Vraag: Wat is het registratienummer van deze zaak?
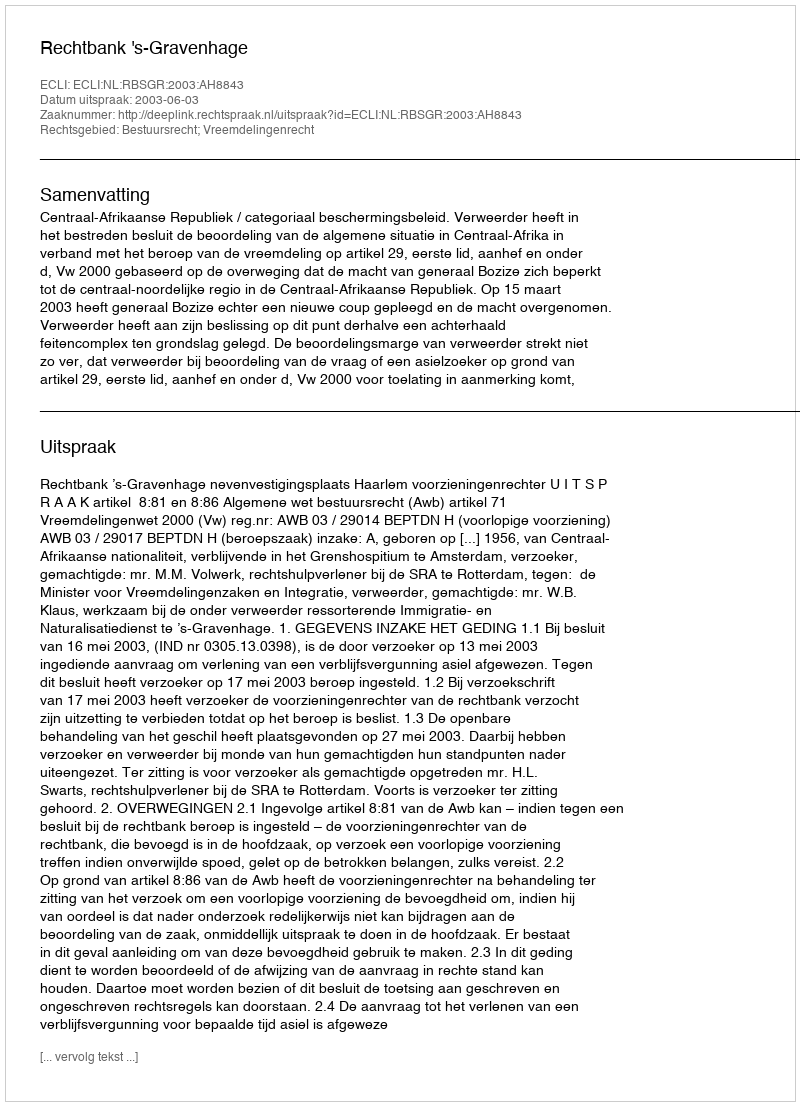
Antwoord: http://deeplink.rechtspraak.nl/uitspraak?id=ECLI:NL:RBSGR:2003:AH8843